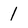
Character: 1